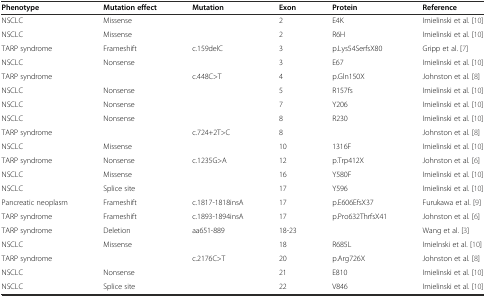
| Phenotype | Mutation effect | Mutation | Exon | Protein | Reference |
 | --- | --- | --- | --- | --- | --- |
 | NSCLC | Missense |  | 2 | E4K | Imielinski et al. [10] |
 | NSCLC | Missense |  | 2 | R6H | Imielinski et al. [10] |
 | TARP syndrome | Frameshift | c.159delC | 3 | p.Lys54SerfsX80 | Gripp et al. [7] |
 | NSCLC | Nonsense |  | 3 | E67 | Imielinski et al. [10] |
 | TARP syndrome |  | c.448C>T | 4 | p.Gln150X | Johnston et al. [8] |
 | NSCLC | Nonsense |  | 5 | R157fs | Imielinski et al. [10] |
 | NSCLC | Nonsense |  | 7 | Y206 | Imielinski et al. [10] |
 | NSCLC | Nonsense |  | 8 | R230 | Imielinski et al. [10] |
 | TARP syndrome |  | c.724+2T>C | 8 |  | Johnston et al. [8] |
 | NSCLC | Missense |  | 10 | 1316F | Imielinski et al. [10] |
 | TARP syndrome | Nonsense | c.1235G>A | 12 | p.Trp412X | Johnston et al. [6] |
 | NSCLC | Missense |  | 16 | Y580F | Imielinski et al. [10] |
 | NSCLC | Splice site |  | 17 | Y596 | Imielinski et al. [10] |
 | Pancreatic neoplasm | Frameshift | c.1817-1818insA | 17 | p.E606EfsX37 | Furukawa et al. [9] |
 | TARP syndrome | Frameshift | c.1893-1894insA | 17 | p.Pro632ThrfsX41 | Johnston et al. [6] |
 | TARP syndrome | Deletion | aa651-889 | 18-23 |  | Wang et al. [3] |
 | NSCLC | Missense |  | 18 | R685L | Imielnski et al. [10] |
 | TARP syndrome |  | c.2176C>T | 20 | p.Arg726X | Johnston et al. [8] |
 | NSCLC | Nonsense |  | 21 | E810 | Imielinski et al. [10] |
 | NSCLC | Splice site |  | 22 | V846 | Imielinski et al. [10] |